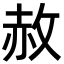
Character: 赦